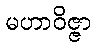
မဟာဝိဇ္ဇာ